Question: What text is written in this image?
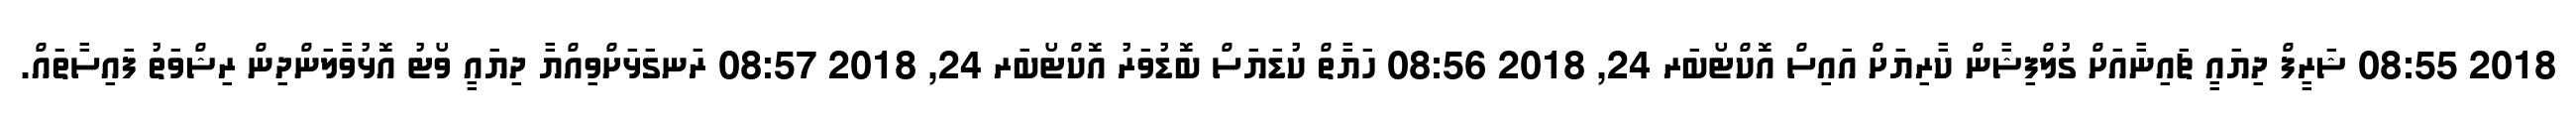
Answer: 2018 08:55 ޝަރީފް ދިޔައީ ޗައިނާއަށް ގުލްފިޝާން ކާރިޔަށް އައިސް އޮކްޓޯބަރ 24, 2018 08:56 ހަޔާތް ކުޑަޔަސް ބޮޑުވަރު އޮކްޓޯބަރ 24, 2018 08:57 ރަނގަޅަށްވިއްޔާ ދިޔައީ ވޯޓު އޮޅުވާލަންދިން ރިޝްވަތު ފައިސާތައް.